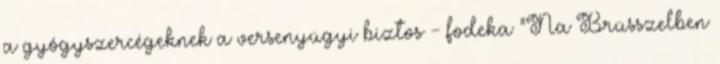
a gyógyszercégeknek a versenyügyi biztos - fodeka "Na Brüsszelben